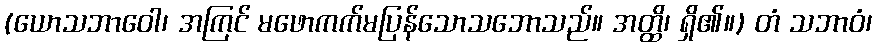
(ယောသဘာဝေါ၊ အကြင် မဖောကက်မပြန်သောသဘောသည်။ အတ္ထိ၊ ရှိ၏။) တံ သဘာဝံ၊